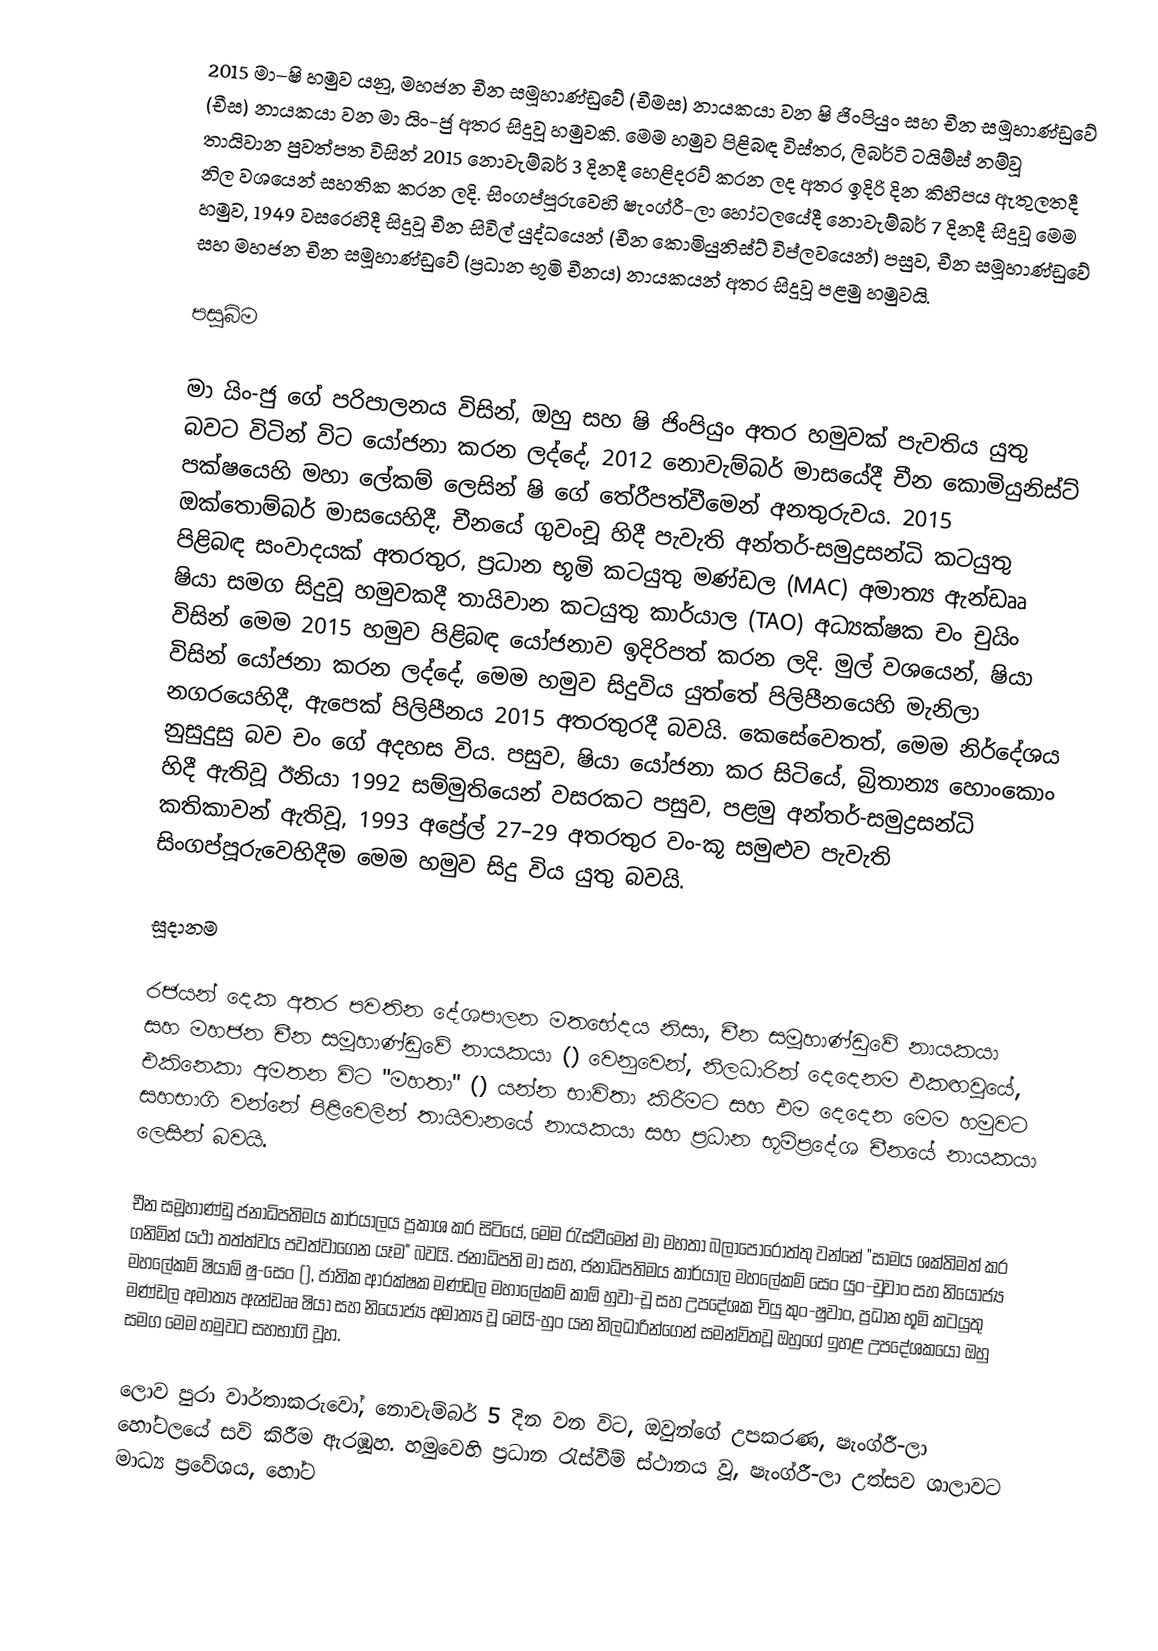
2015 මා–ෂි හමුව යනු,  මහජන චීන සමූහාණ්ඩුවේ (චීමස) නායකයා වන ෂි ජිංපියුං සහ චීන සමූහාණ්ඩුවේ (චීස)  නායකයා වන මා යිං-ජු අතර සිදුවූ හමුවකි. මෙම හමුව පිළිබඳ විස්තර,  ලිබර්ටි ටයිම්ස් නම්වූ  තායිවාන පුවත්පත විසින්  2015 නොවැම්බර් 3 දිනදී හෙළිදරව් කරන ලද අතර  ඉදිරි දින කිහිපය ඇතුලතදී නිල වශයෙන් සහතික කරන ලදි. සිංගප්පූරුවෙහි  ෂැංග්රී-ලා හෝටලයේදී නොවැම්බර් 7 දිනදී සිදුවූ මෙම හමුව, 1949 වසරෙහිදී සිදුවූ  චීන සිවිල් යුද්ධයෙන් (චීන කොමියුනිස්ට් විප්ලවයෙන්) පසුව,  චීන සමූහාණ්ඩුවේ සහ මහජන චීන සමූහාණ්ඩුවේ (ප්‍රධාන භූමි චීනය) නායකයන් අතර සිදුවූ පළමු හමුවයි.

පසුබිම

මා යිං-ජු ගේ පරිපාලනය විසින්, ඔහු සහ ෂි ජිංපියුං අතර හමුවක් පැවතිය යුතු බවට විටින් විට යෝජනා කරන ලද්දේ, 2012 නොවැම්බර් මාසයේදී චීන කොමියුනිස්ට් පක්ෂයෙහි මහා ලේකම් ලෙසින් ෂි ගේ තේරීපත්වීමෙන් අනතුරුවය. 2015 ඔක්තොම්බර් මාසයෙහිදී, චීනයේ ගුවංචූ හිදී පැවැති අන්තර්-සමුද්‍රසන්ධි කටයුතු පිළිබඳ  සංවාදයක් අතරතුර,   ප්‍රධාන භූමි කටයුතු මණ්ඩල (MAC) අමාත්‍ය ඇන්ඩෲ ෂියා සමග සිදුවූ හමුවකදී තායිවාන කටයුතු කාර්යාල (TAO) අධ්‍යක්ෂක චං චුයිං විසින් මෙම 2015 හමුව පිළිබඳ යෝජනාව ඉදිරිපත් කරන ලදි. මුල් වශයෙන්, ෂියා විසින් යෝජනා කරන ලද්දේ, මෙම හමුව සිදුවිය යුත්තේ  පිලිපීනයෙහි මැනිලා නගරයෙහිදී, ඇපෙක් පිලිපීනය 2015 අතරතුරදී බවයි. කෙසේවෙතත්, මෙම නිර්දේශය නුසුදුසු බව චං ගේ අදහස විය. පසුව, ෂියා යෝජනා කර සිටියේ, බ්‍රිතාන්‍ය හොංකොං හිදී ඇතිවූ ඊනියා 1992 සම්මුතියෙන් වසරකට පසුව,  පළමු අන්තර්-සමුද්‍රසන්ධි කතිකාවන් ඇතිවූ,  1993 අප්‍රේල් 27–29 අතරතුර වං-කූ සමුළුව පැවැති සිංගප්පූරුවෙහිදීම  මෙම හමුව  සිදු විය යුතු බවයි.

සූදානම

රජයන් දෙක අතර පවතින දේශපාලන මතභේදය නිසා, චීන සමූහාණ්ඩුවේ නායකයා සහ මහජන චීන සමූහාණ්ඩුවේ නායකයා () වෙනුවෙන්, නිලධාරින් දෙදෙනම එකඟවූයේ, එකිනෙකා අමතන විට "මහතා" () යන්න භාවිතා කිරීමට සහ එම දෙදෙන මෙම හමුවට සහභාගි වන්නේ පිළිවෙලින් තායිවානයේ නායකයා සහ  ප්‍රධාන භූමිප්‍රදේශ චීනයේ නායකයා ලෙසින් බවයි.

චීන සමූහාණ්ඩු ජනාධිපතිමය කාර්යාලය ප්‍රකාශ කර සිටියේ, මෙම රැස්වීමෙන් මා මහතා බලාපොරොත්තු වන්නේ  "සාමය ශක්තිමත් කර ගනිමින් යථා තත්ත්වය පවත්වාගෙන යෑම" බවයි. ජනාධිපති මා සහ,  ජනාධිපතිමය කාර්යාල මහලේකම් සෙං යුං-චුවාං සහ නියෝජ්‍ය මහලේකම් ෂියාඕ ෂු-සෙං (),  ජාතික ආරක්ෂක මණ්ඩල මහාලේකම් කාඕ හුවා-චූ සහ උපදේශක චියු කුං-ෂුවාං, ප්‍රධාන භූමි කටයුතු මණ්ඩල අමාත්‍ය ඇන්ඩෲ ෂියා  සහ නියෝජ්‍ය අමාත්‍ය වූ මෙයි-හුං යන නිලධාරින්ගෙන් සමන්විතවූ ඔහුගේ ඉහළ උපදේශකයෝ ඔහු සමග මෙම හමුවට සහභාගි වූහ.

ලොව පුරා වාර්තාකරුවෝ, නොවැම්බර් 5 දින වන විට, ඔවුන්ගේ උපකරණ,  ෂැංග්රී-ලා හෝටලයේ සවි කිරීම ඇරඹූහ. හමුවෙහි ප්‍රධාන රැස්වීම් ස්ථානය වූ, ෂැංග්රී-ලා උත්සව ශාලාවට මාධ්‍ය ප්‍රවේශය, හෝට